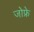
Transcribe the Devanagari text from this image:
जोफ्रे